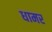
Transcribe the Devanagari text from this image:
धामर